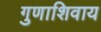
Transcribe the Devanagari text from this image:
गुणाशिवाय